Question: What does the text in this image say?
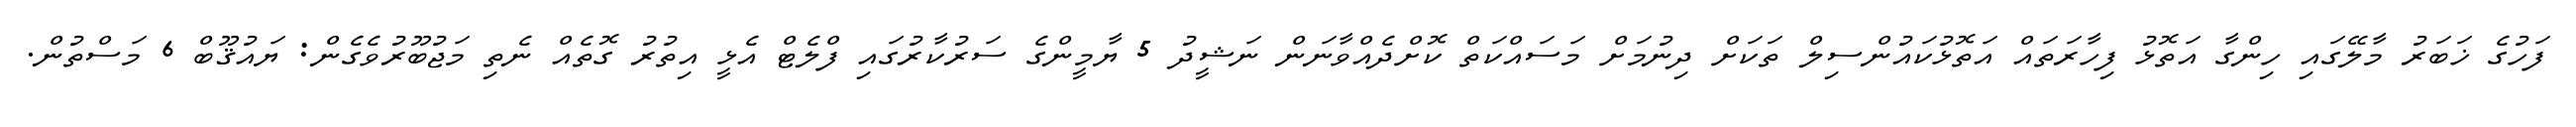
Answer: ފަހުގެ ޚަބަރު މާލޭގައި ހިންގާ އަތޮޅު ފިހާރަތައް އަތޮޅުކައުންސިލް ތަކަށް ދިނުމަށް މަސައްކަތް ކޮށްދެއްވާނަން ނަޝީދު 5 ޔާމީންގެ ސަރުކާރުގައި ފްލެޓް އެޅީ އިތުރު ގޮތެއް ނެތި މަޖުބޫރުވެގެން: ޔައުޤޫބް 6 މަސްތުން.